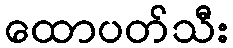
ထောပတ်သီး